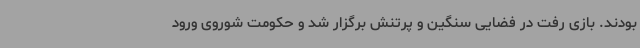
بودند. بازی رفت در فضایی سنگین و پرتنش برگزار شد و حکومت شوروی ورود